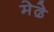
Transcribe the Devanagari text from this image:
मेढे़